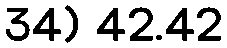
34) 42.42